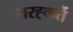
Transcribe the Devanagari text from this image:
तरह्कर्ते